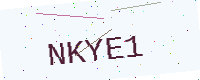
Text: NKYE1